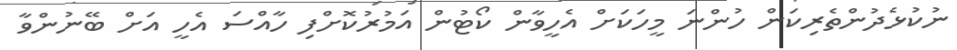
ނުކުޅެދުންތެރިކަން ހުންނަ މީހަކަށް އެހީވާން ކޯޓުން އަމުރުކޮށްފި ހާއްސަ އެހީ އަށް ބޭނުންވާ